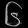
Digit: ၆